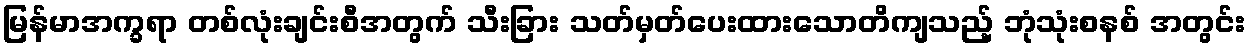
မြန်မာအက္ခရာ တစ်လုံးချင်းစီအတွက် သီးခြား သတ်မှတ်ပေးထားသောတိကျသည့် ဘုံသုံးစနစ် အတွင်း